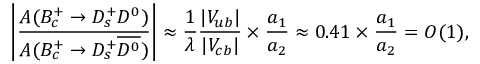
\left| \frac { A ( B _ { c } ^ { + } \to D _ { s } ^ { + } D ^ { 0 } ) } { A ( B _ { c } ^ { + } \to D _ { s } ^ { + } \overline { { { D ^ { 0 } } } } ) } \right| \approx \frac { 1 } { \lambda } \frac { | V _ { u b } | } { | V _ { c b } | } \times \frac { a _ { 1 } } { a _ { 2 } } \approx 0 . 4 1 \times \frac { a _ { 1 } } { a _ { 2 } } = { \cal O } ( 1 ) ,